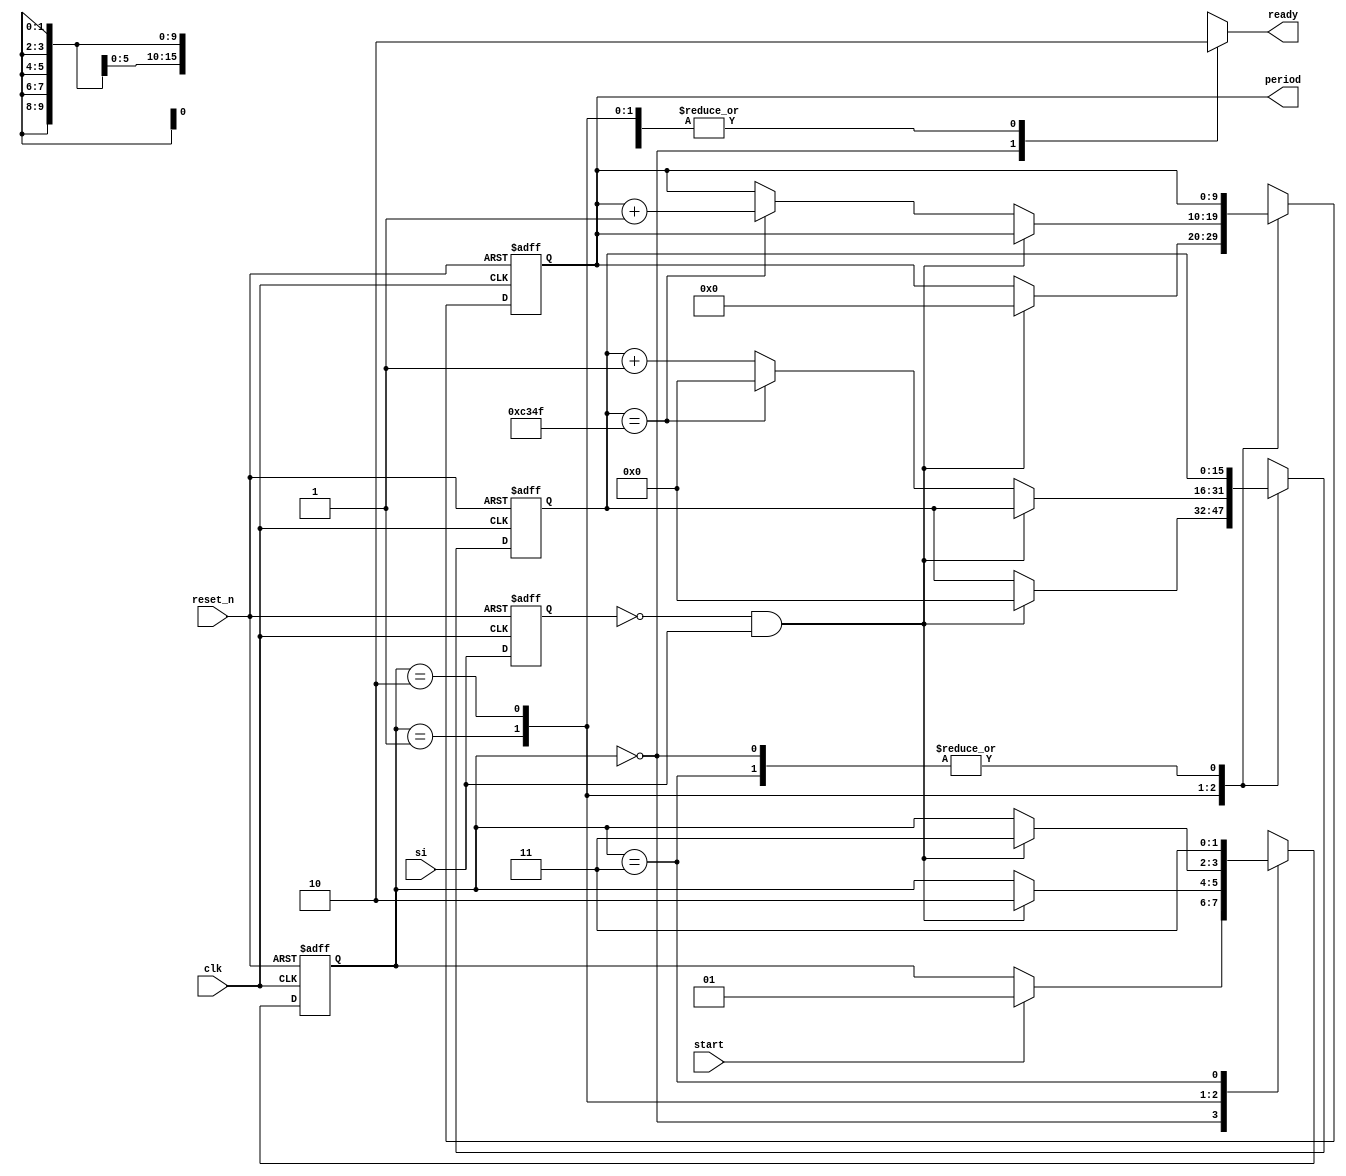
module period_counter(
	input clk,reset_n,
	input start, si,
	output reg ready,
	output [9:0] period
);
localparam [1:0]
idle=2'b00,
waite=2'b01,
count=2'b10,
done=2'b11;
localparam CLK_MS_COUNT=50000;
reg [1:0] current_state,next_state;
reg[15:0] t_reg,t_next;
reg[9:0] p_reg,p_next;
reg delay_reg;
wire edg;

always @(posedge clk or negedge reset_n)
begin
	if(~reset_n)
	begin
		current_state<=idle;
		t_reg<=0;
		p_reg<=0;
		delay_reg<=0;
	end
	else
	begin
		current_state<=next_state;
		t_reg<=t_next;
		p_reg<=p_next;
		delay_reg<=si;
	end
end
assign edg=~delay_reg & si;
always @*
begin
	next_state = current_state;
	ready=0;
	p_next=p_reg;
	t_next=t_reg;
	case(current_state)
	idle:
	begin
		ready=1;
		if(start)
			next_state=waite;		
	end
	waite:
	begin
		if(edg)
		begin
			next_state = count;
			t_next=0;
			p_next=0;
		end
	end
	count:
	begin
		if(edg)
			next_state = done;
		else
			if(t_reg == CLK_MS_COUNT-1)
			begin
				t_next = 0;
				p_next=p_reg+1;
			end
			else
				t_next=t_next+1;
	end
	done:
	begin
		next_state = done;
	end
	endcase
end
assign period=p_reg;
endmodule